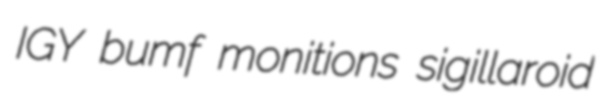
IGY bumf monitions sigillaroid